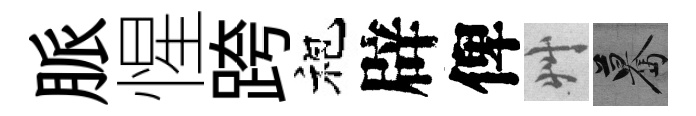
脈惺跨袍辟俾艸驀